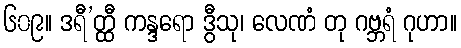
၆၀၉။ ဒရီ’တ္ထီ ကန္ဒရော ဒွီသု၊ လေဏံ တု ဂဗ္ဘရံ ဂုဟာ။